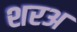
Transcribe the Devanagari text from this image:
शरअ